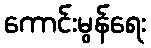
ကောင်းမွန်ရေး